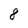
Character: 8